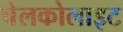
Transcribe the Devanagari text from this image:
चेलकोलाइट